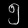
Digit: ၅